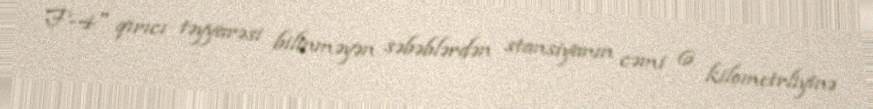
F-4" qırıcı təyyarəsi bilinməyən səbəblərdən stansiyanın cəmi 6 kilometrliyinə